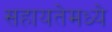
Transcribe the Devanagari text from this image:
सहायतेमध्ये